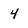
Character: 4